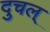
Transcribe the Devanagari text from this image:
दुचल्